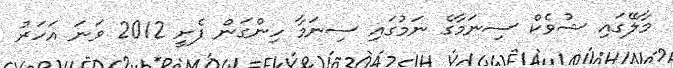
މާލޭގައި ޝުވެކް ސިނަމާގެ ނަމުގައި ސިނަމާ ހިންގަން ފެށީ 2012 ވަނަ އަހަރު